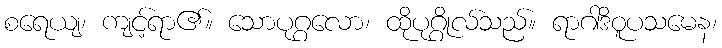
စရေယျ၊ ကျင့်ရာ၏။ သောပုဂ္ဂလော၊ ထိုပုဂ္ဂိုလ်သည်။ ရာဂါဒိဝူပသမေန၊